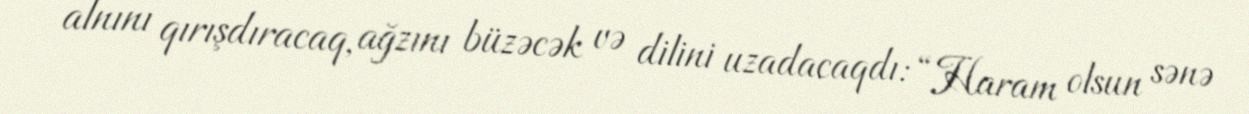
alnını qırışdıracaq, ağzını büzəcək və dilini uzadacaqdı: “Haram olsun sənə